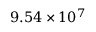
9 . 5 4 \times 1 0 ^ { 7 }